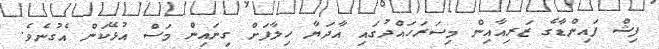
ފިޝް ފައިންޑާގެ ޒަރިއާއިން މިސަރަހައްދުގައި އާދަޔާ ހިލާފަށް ގިނައިން މަސް އުޅޭކަން އެގުނެވެ.